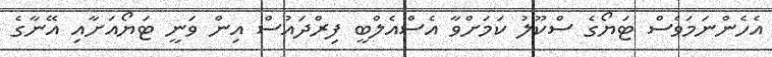
އެހެންނަމަވެސް ޓަޔޯގެ ސްކޫލު ކަމަށްވާ އެސްއެލްބީ ފިރްދައުސް އިން ވަނީ ޓަޔޯއަށާއި އޭނާގެ